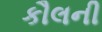
કૌલની